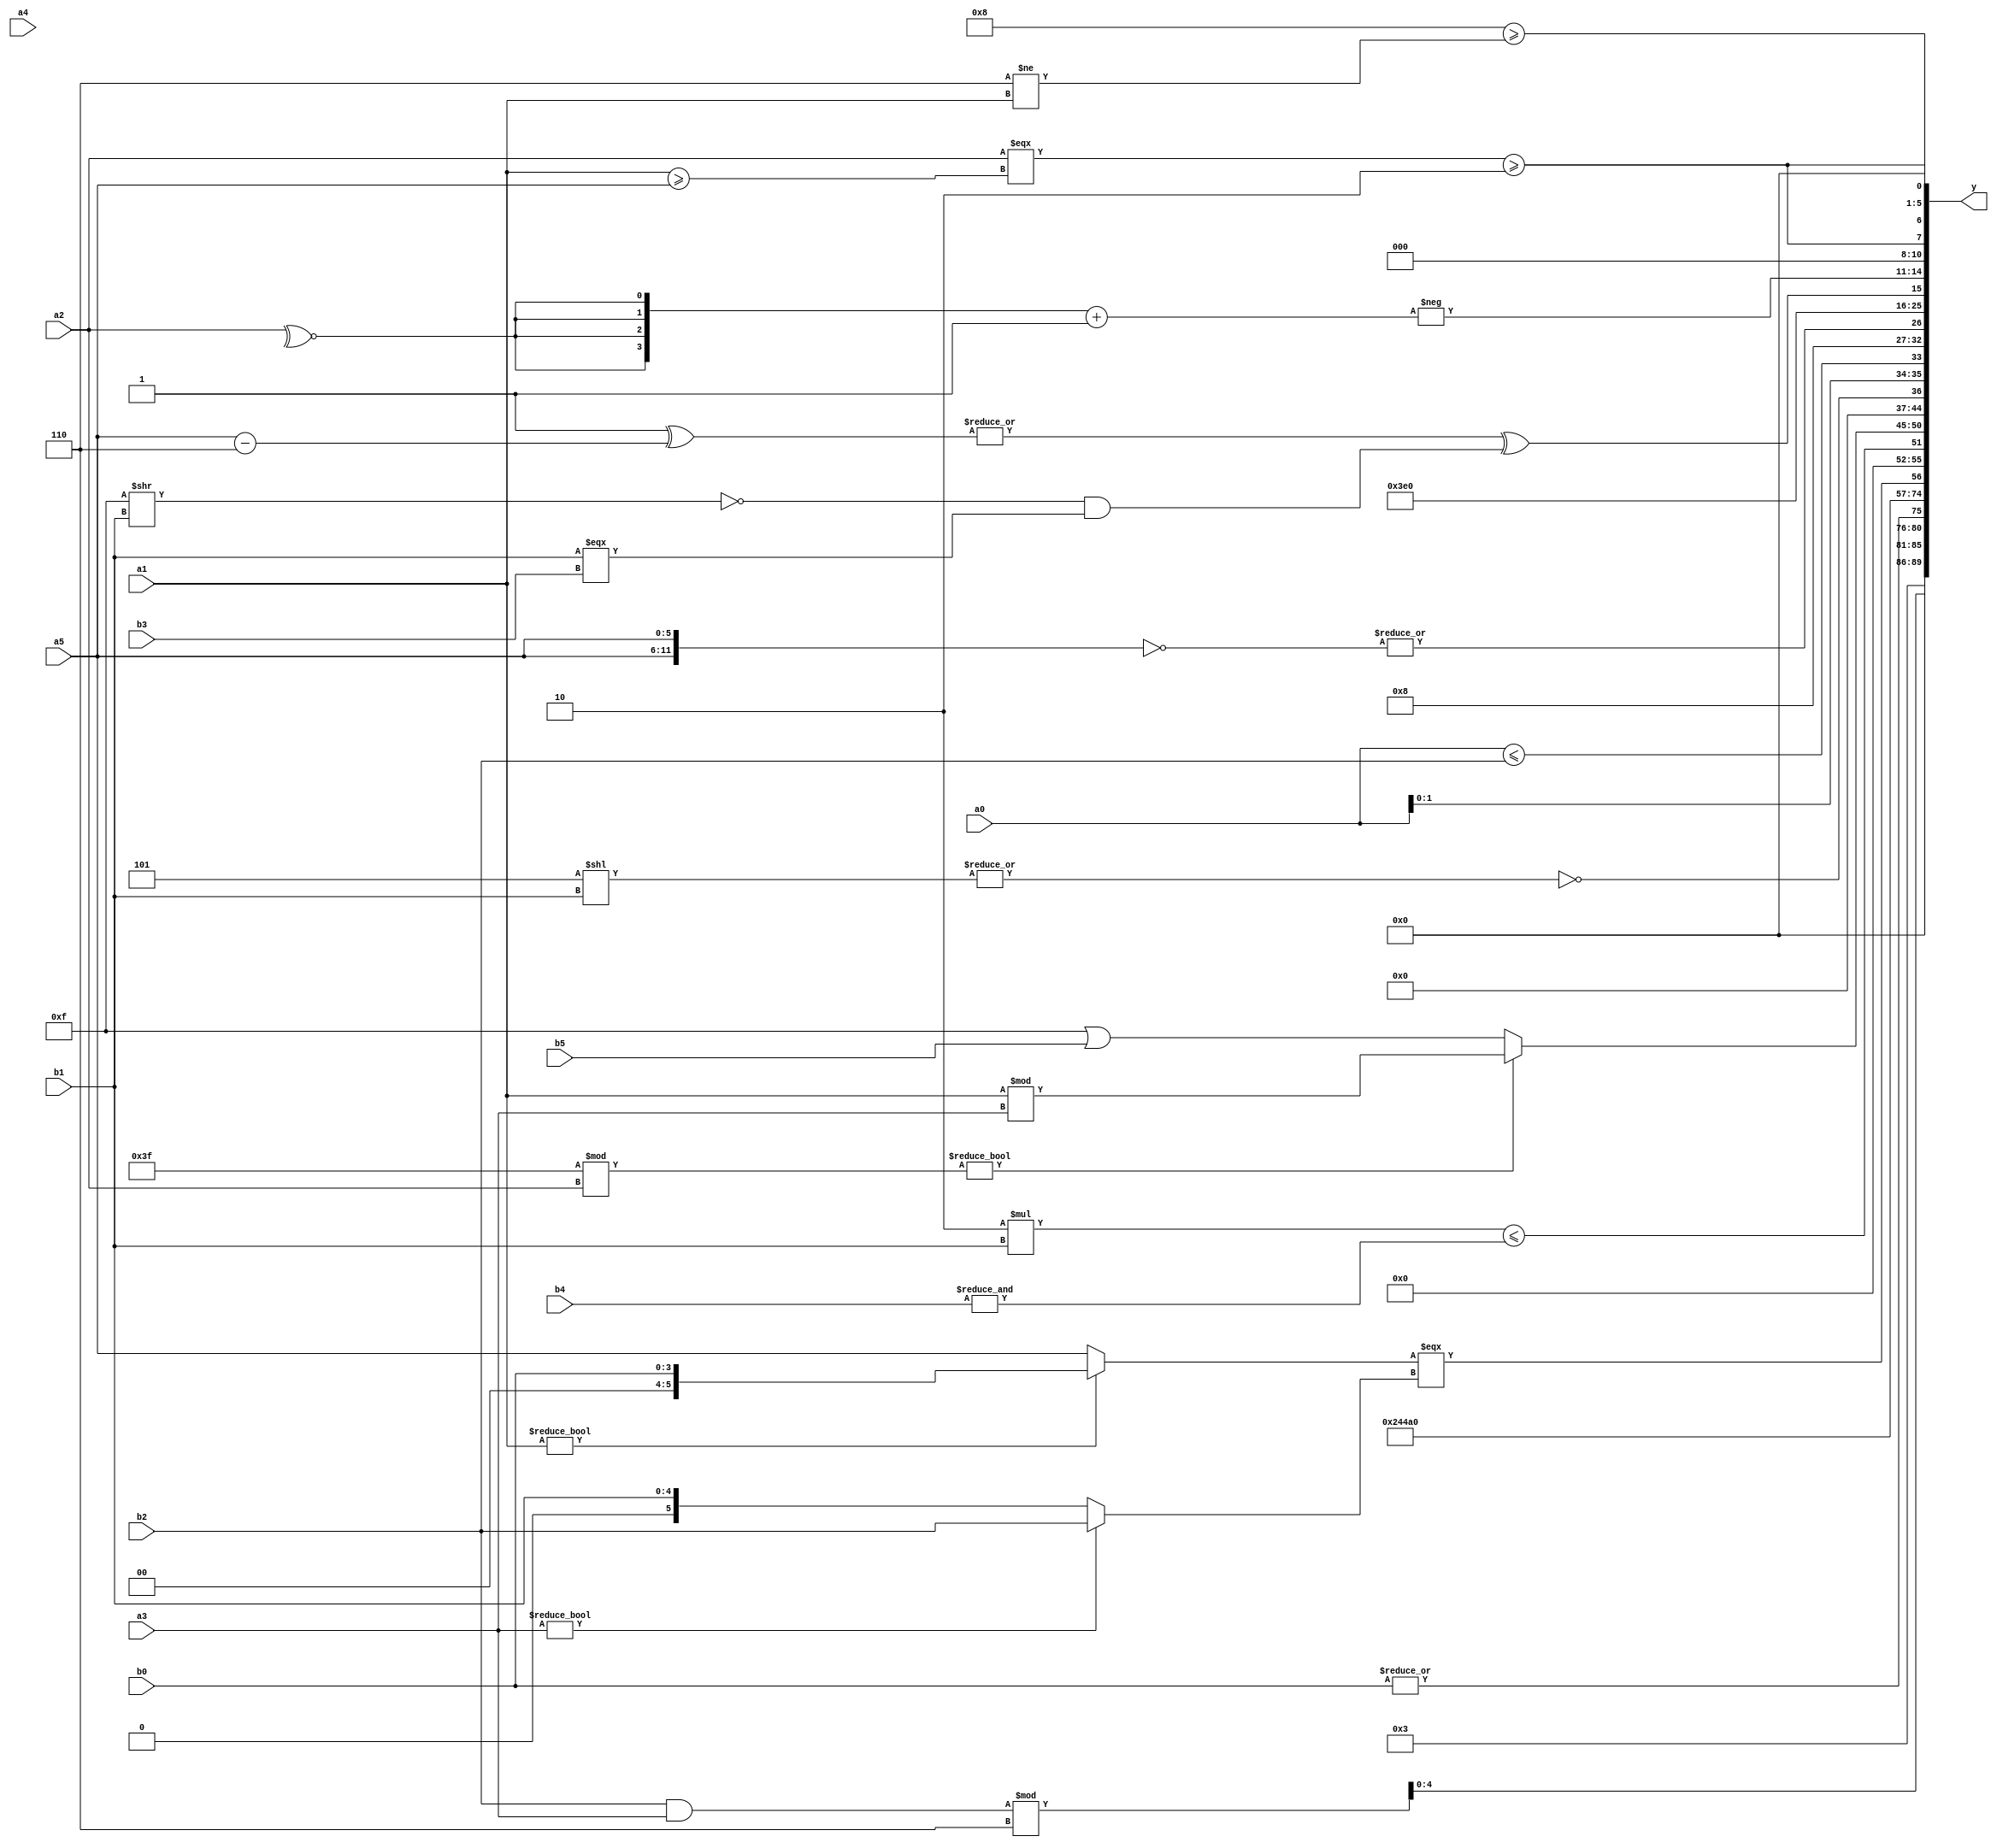
module expression_00504(a0, a1, a2, a3, a4, a5, b0, b1, b2, b3, b4, b5, y);
  input [3:0] a0;
  input [4:0] a1;
  input [5:0] a2;
  input signed [3:0] a3;
  input signed [4:0] a4;
  input signed [5:0] a5;

  input [3:0] b0;
  input [4:0] b1;
  input [5:0] b2;
  input signed [3:0] b3;
  input signed [4:0] b4;
  input signed [5:0] b5;

  wire [3:0] y0;
  wire [4:0] y1;
  wire [5:0] y2;
  wire signed [3:0] y3;
  wire signed [4:0] y4;
  wire signed [5:0] y5;
  wire [3:0] y6;
  wire [4:0] y7;
  wire [5:0] y8;
  wire signed [3:0] y9;
  wire signed [4:0] y10;
  wire signed [5:0] y11;
  wire [3:0] y12;
  wire [4:0] y13;
  wire [5:0] y14;
  wire signed [3:0] y15;
  wire signed [4:0] y16;
  wire signed [5:0] y17;

  output [89:0] y;
  assign y = {y0,y1,y2,y3,y4,y5,y6,y7,y8,y9,y10,y11,y12,y13,y14,y15,y16,y17};

  localparam [3:0] p0 = (-(+({(4'sd4),(2'd3)}!=(^(5'd19)))));
  localparam [4:0] p1 = (-4'sd3);
  localparam [5:0] p2 = {3{(3'sd2)}};
  localparam signed [3:0] p3 = {(4'd7),((3'sd0)>=(2'd1))};
  localparam signed [4:0] p4 = (((2'd1)^~(3'sd1))?((2'd0)/(-2'sd0)):((2'd0)&&(5'd23)));
  localparam signed [5:0] p5 = {2{(((-5'sd13)!=(5'd3))+{4{(5'd26)}})}};
  localparam [3:0] p6 = {(5'sd2),{(3'd3),(-5'sd15),(2'd2)},(4'd15)};
  localparam [4:0] p7 = {4{{4{(3'd7)}}}};
  localparam [5:0] p8 = (~^((((3'd7)?(3'sd0):(4'sd1))?((5'd28)>>>(4'd5)):((5'd2)^~(-5'sd2)))<(((3'd6)?(2'd0):(3'd7))>>((3'sd3)<<(4'sd2)))));
  localparam signed [3:0] p9 = (-(2'd3));
  localparam signed [4:0] p10 = {1{({4{(^(4'sd7))}}===({1{(~&(5'd0))}}&&(^{1{(4'sd0)}})))}};
  localparam signed [5:0] p11 = (2'd2);
  localparam [3:0] p12 = (-{(5'd0),(-3'sd3),(2'sd0)});
  localparam [4:0] p13 = (((-2'sd1)?(-4'sd3):(-5'sd7))?(((2'sd0)?(2'sd1):(4'd6))^((4'sd7)===(4'd9))):(((-2'sd1)===(-5'sd1))-((-4'sd0)?(-5'sd10):(5'd20))));
  localparam [5:0] p14 = (((4'd0)?(-2'sd1):(3'd7))?(((3'sd0)^(2'sd0))&&((5'd7)&(2'd3))):((4'd6)-(5'd2 * (4'd11))));
  localparam signed [3:0] p15 = {2{{3{((2'sd0)^~(3'd1))}}}};
  localparam signed [4:0] p16 = (+(+(2'sd0)));
  localparam signed [5:0] p17 = {{1{({2{(4'd13)}}>>>{1{(-4'sd0)}})}},(3'd7),{{((3'd3)!==(2'd3)),{3{(4'd15)}}}}};

  assign y0 = {1{(5'd19)}};
  assign y1 = ((b2&a3)%p13);
  assign y2 = (|b0);
  assign y3 = $unsigned((5'sd9));
  assign y4 = ((|$unsigned((6'd2 * (5'd31))))^~{{{p7,p0,p10},($unsigned(p16)),(5'd28)}});
  assign y5 = (5'd20);
  assign y6 = {1{((((p15?p13:p6)^{3{p12}})!={2{{1{p3}}}})^~{1{({1{(a1?b0:a5)}}===(a3?b2:b1))}})}};
  assign y7 = {1{$signed((($signed(((4'd2 * b1)))<=(~|(~&{2{b4}})))))}};
  assign y8 = ((p17%a2)?(a1%a3):(p0|b5));
  assign y9 = {1{(~(~^(({2{(&$signed((~|({2{p10}}?{1{p17}}:{3{p17}}))))}}))))}};
  assign y10 = (~|(|(+{2{{(p9<<b1)}}})));
  assign y11 = {{p11,b4,a0},(a0<=b2),(3'd1)};
  assign y12 = (|((~{2{{a5}}})));
  assign y13 = $signed($signed($signed((2'd3))));
  assign y14 = ((|(+(|((^{3{p11}})^(a5-p15)))))^(|((!(p0>>b1))&(+(b1===b3)))));
  assign y15 = (-($signed({4{(~^a2)}})+(-{4{(p6<=p17)}})));
  assign y16 = {2{(({a2}===(a1>=a5))>={(|p3),(~^p11)})}};
  assign y17 = ((5'sd8)>=(p13!=a1));
endmodule